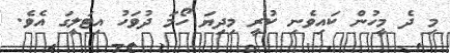
މި ދެ މީހުން ކައިވެނި ކުރީ މިދިޔަ ހޯމަ ދުވަހު އިޓަލީގަ އެވެ.